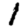
Digit: 1